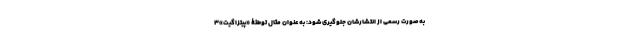
به‌صورت رسمی از انتشارشان جلوگیری شود: به عنوان مثال توطئۀ «پیتزاگیت»۳